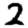
Digit: 2